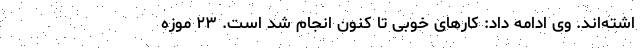
اشته‌اند. وی ادامه داد: کارهای خوبی تا کنون انجام شد است. ۲۳ موزه